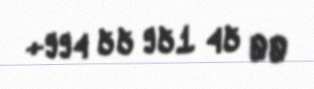
+994 55 951 45 00